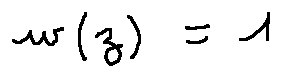
w ( z ) = 1